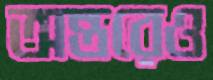
অন্তরেও